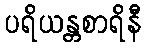
ပရိယန္တစာရိနီ